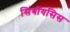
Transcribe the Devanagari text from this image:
सिंबॉयसिस